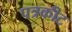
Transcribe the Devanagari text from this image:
पत्रकीट